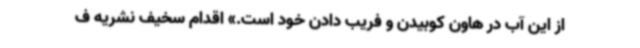
از این آب در هاون کوبیدن و فریب دادن خود است.» اقدام سخیف نشریه ف